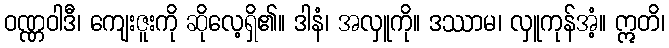
ဝဏ္ဏဝါဒီ၊ ကျေးဇူးကို ဆိုလေ့ရှိ၏။ ဒါနံ၊ အလှူကို။ ဒဿာမ၊ လှူကုန်အံ့။ ဣတိ၊